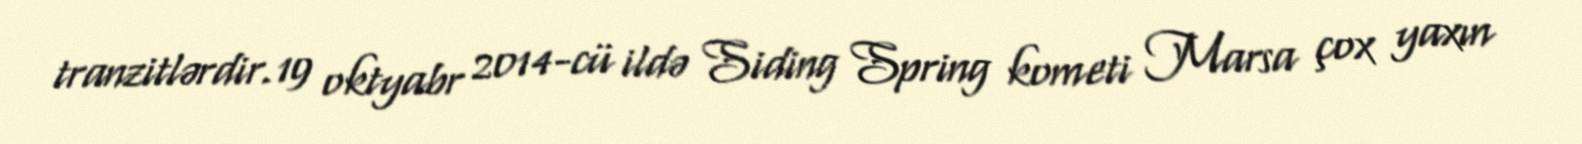
tranzitlərdir.19 oktyabr 2014-cü ildə Siding Spring kometi Marsa çox yaxın